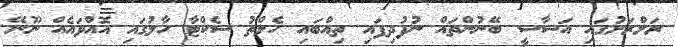
ރަށްރަށުގައި އަސާސީ ބޭނުންތައް ނުފުދިފައި ތިއްބައި ހެލްތު ސެކްޓާ ހާލުގައި އޮއްވައެއް ނޫނޭ